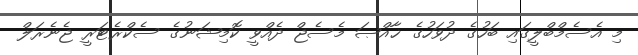
މި އެސެމްބްލީގައި ބަހުގެ ދުވަހުގެ ޚާއްޞަ މެސެޖް ދެއްވީ ކޮމިޝަނުގެ ސެކްރެޓަރީ ޖެނެރަލް